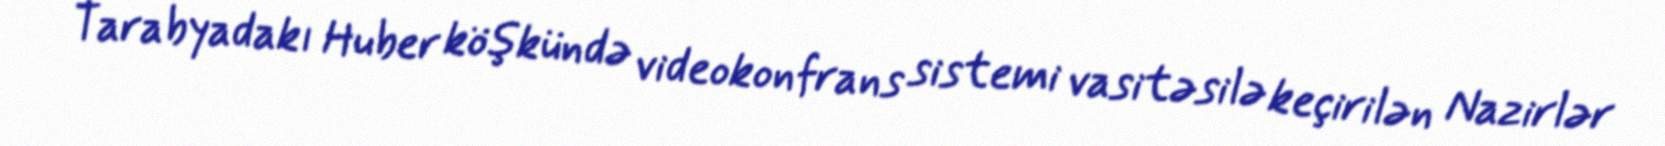
Tarabyadakı Huber köşkündə videokonfrans sistemi vasitəsilə keçirilən Nazirlər